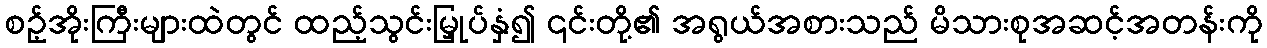
စဥ့်အိုးကြီးများထဲတွင် ထည့်သွင်းမြှုပ်နှံ၍ ၎င်းတို့၏ အရွယ်အစားသည် မိသားစုအဆင့်အတန်းကို